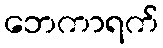
ဘေကာရက်